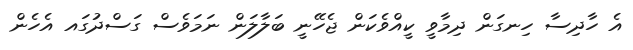
އެ ހާދިސާ ހިނގަން ދިމާވީ ކީއްވެކަން ޖެހޭނީ ބަލާލަން ނަމަވެސް ގަސްދުގައ އެހެން